Vaccination in the Punjab 1897-1904 - 1897-1904
Year: 1897
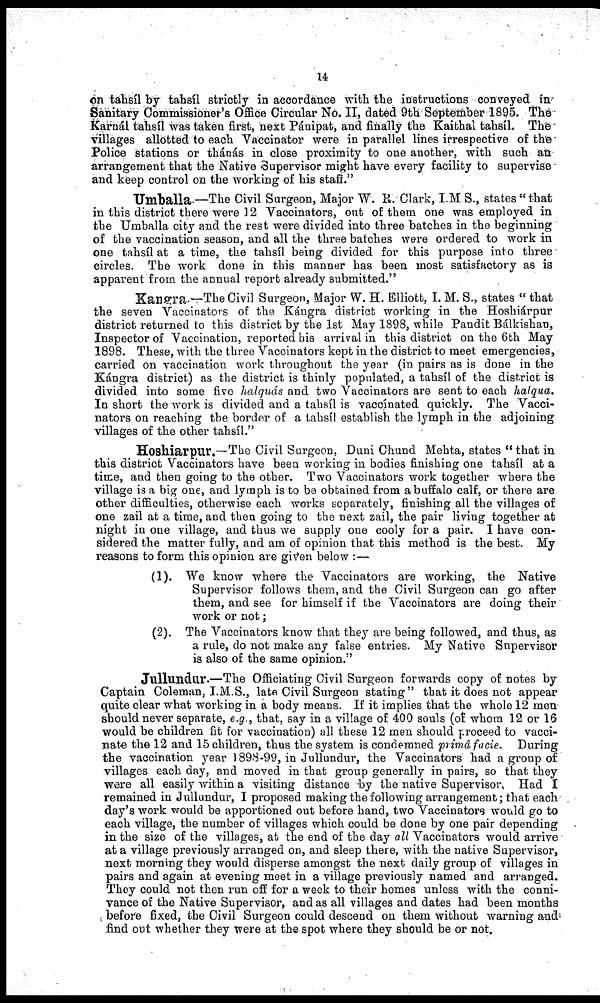
14
on tahsíl by tahsíl strictly in accordance with the instructions conveyed in
Sanitary Commissioner's Office Circular No. II, dated 9th September 1895. The
Karnál tahsíl was taken first, next Pánipat, and finally the Kaithal tahsíl. The
villages allotted to each Vaccinator were in parallel lines irrespective of the
Police stations or thánás in close proximity to one another, with such an
arrangement that the Native Supervisor might have every facility to supervise
and keep control on the working of his staff."
Umballa —The Civil Surgeon, Major W. R. Clark, I.M S., states " that
in this district there were 12 Vaccinators, out of them one was employed in
the Umballa city and the rest were divided into three batches in the beginning
of the vaccination season, and all the three batches were ordered to work in
one tahsíl at a time, the tahsíl being divided for this purpose into three
circles. The work done in this manner has been most satisfactory as is
apparent from the annual report already submitted."
Kangra—The Civil Surgeon, Major W. H. Elliott, I. M. S., states " that
the seven Vaccinators of the Kángra district working in the Hoshiárpur
district returned to this district by the 1st May 1898, while Pandit Bálkishan,
Inspector of Vaccination, reported his arrival in this district on the 6th May
1898. These, with the three Vaccinators kept in the district to meet emergencies,
carried on vaccination work throughout the year (in pairs as is done in the
Kángra district) as the district is thinly populated, a tahsíl of the district is
divided into some five halguás and two Vaccinators are sent to each halqua.
In short the work is divided and a tahsíl is vaccinated quickly. The Vacci-
nators on reaching the border of a tahsíl establish the lymph in the adjoining
villages of the other tahsíl."
Hoshiárpur.—The Civil Surgeon, Duni Chund Mehta, states " that in
this district Vaccinators have been working in bodies finishing one tahsíl at a
time, and then going to the other. Two Vaccinators work together where the
village is a big one, and lymph is to be obtained from a buffalo calf, or there are
other difficulties, otherwise each works separately, finishing all the villages of
one zail at a time, and then going to the next zail, the pair living together at
night in one village, and thus we supply one cooly for a pair. I have con-
sidered the matter fully, and am of opinion that this method is the best. My
reasons to form this opinion are given below : —
(1). We know where the Vaccinators are working, the Native
Supervisor follows them, and the Civil Surgeon can go after
them, and see for himself if the Vaccinators are doing their
work or not;
(2). The Vaccinators know that they are being followed, and thus, as
a rule, do not make any false entries. My Native Supervisor
is also of the same opinion."
Jullundur.—The Officiating Civil Surgeon forwards copy of notes by
Captain Coleman, I.M.S., late Civil Surgeon stating" that it does not appear
quite clear what working in a body means. If it implies that the whole 12 men
should never separate, e.g , that, say in a village of 400 souls (of whom 12 or 16
would be children fit for vaccination) all these 12 men should proceed to vacci-
nate the 12 and 15 children, thus the system is condemned primá facie. During
the vaccination year 1898-99, in Jullundur, the Vaccinators had a group of
villages each day, and moved in that group generally in pairs, so that they
were all easily within a visiting distance by the native Supervisor, Had I
remained in Jullundur, I proposed making the following arrangement; that each
day's work would be apportioned out before hand, two Vaccinators would go to
each village, the number of villages which could be done by one pair depending
in the size of the villages, at the end of the day all Vaccinators would arrive
at a village previously arranged on, and sleep there, with the native Supervisor,
next morning they would disperse amongst the next daily group of villages in
pairs and again at evening meet in a village previously named and arranged.
They could not then run off for a week to their homes unless with the conni-
vance of the Native Supervisor, and as all villages and dates had been months
before fixed, the Civil Surgeon could descend on them without warning and
find out whether they were at the spot where they should be or not.